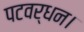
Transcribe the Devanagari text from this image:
पटवर्धन।